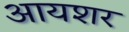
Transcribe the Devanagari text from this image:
आयशर